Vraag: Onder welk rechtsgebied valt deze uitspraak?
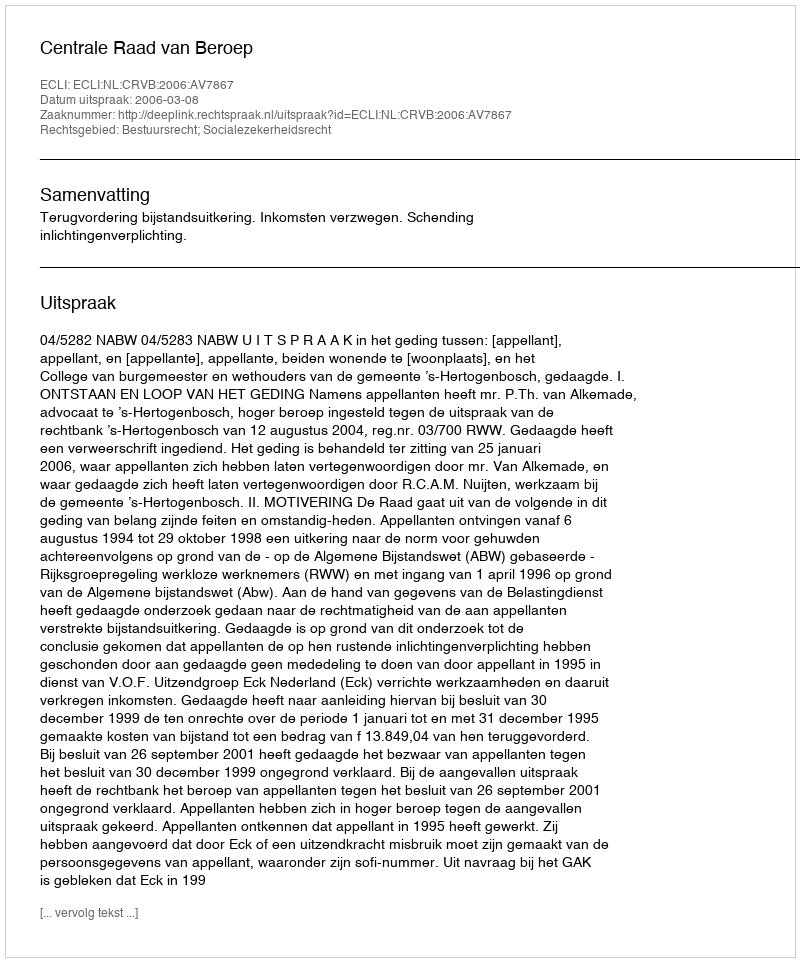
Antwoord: Bestuursrecht; Socialezekerheidsrecht